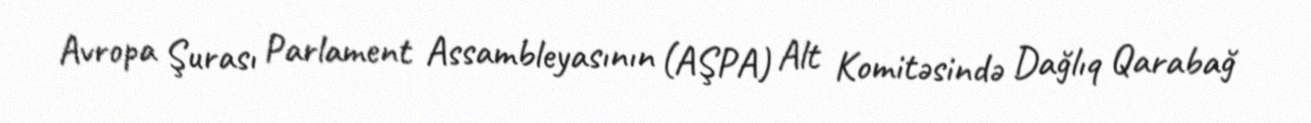
Avropa Şurası Parlament Assambleyasının (AŞPA) Alt Komitəsində Dağlıq Qarabağ